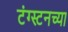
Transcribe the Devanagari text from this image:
टंग्स्टनच्या